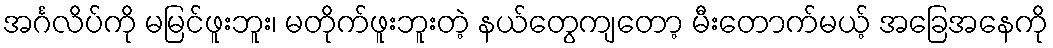
အင်္ဂလိပ်ကို မမြင်ဖူးဘူး၊ မတိုက်ဖူးဘူးတဲ့ နယ်တွေကျတော့ မီးတောက်မယ့် အခြေအနေကို